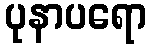
ပုနာပရော